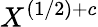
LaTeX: X^{(1/2)+c}